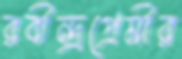
রবীন্দ্রপ্রেমীর